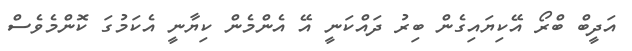
އަދީބް ބްރޯ އޭކިޔައިގެން ބިރު ދައްކަނީ އޭ އެންމެން ކިޔާނީ އެކަމުގަ ކޮންމެވެސް